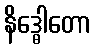
နိဒ္ဓေါတော